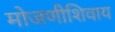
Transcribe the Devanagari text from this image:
मोजणीशिवाय